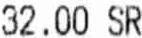
32.00 SR